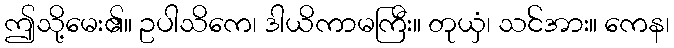
ဤသို့မေး၏။ ဥပါသိကေ၊ ဒါယိကာမကြီး။ တုယှံ၊ သင်အား။ ကေန၊